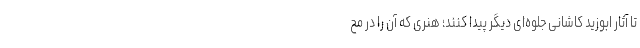
تا آثار ابوزید کاشانی جلوه‌ای دیگر پیدا کنند؛ هنری که آن را در مح